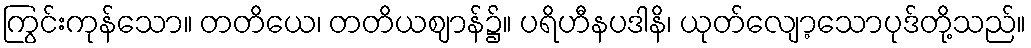
ကြွင်းကုန်သော။ တတိယေ၊ တတိယဈာန်၌။ ပရိဟီနပဒါနိ၊ ယုတ်လျော့သောပုဒ်တို့သည်။